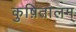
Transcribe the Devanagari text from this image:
कुष़ितालम्